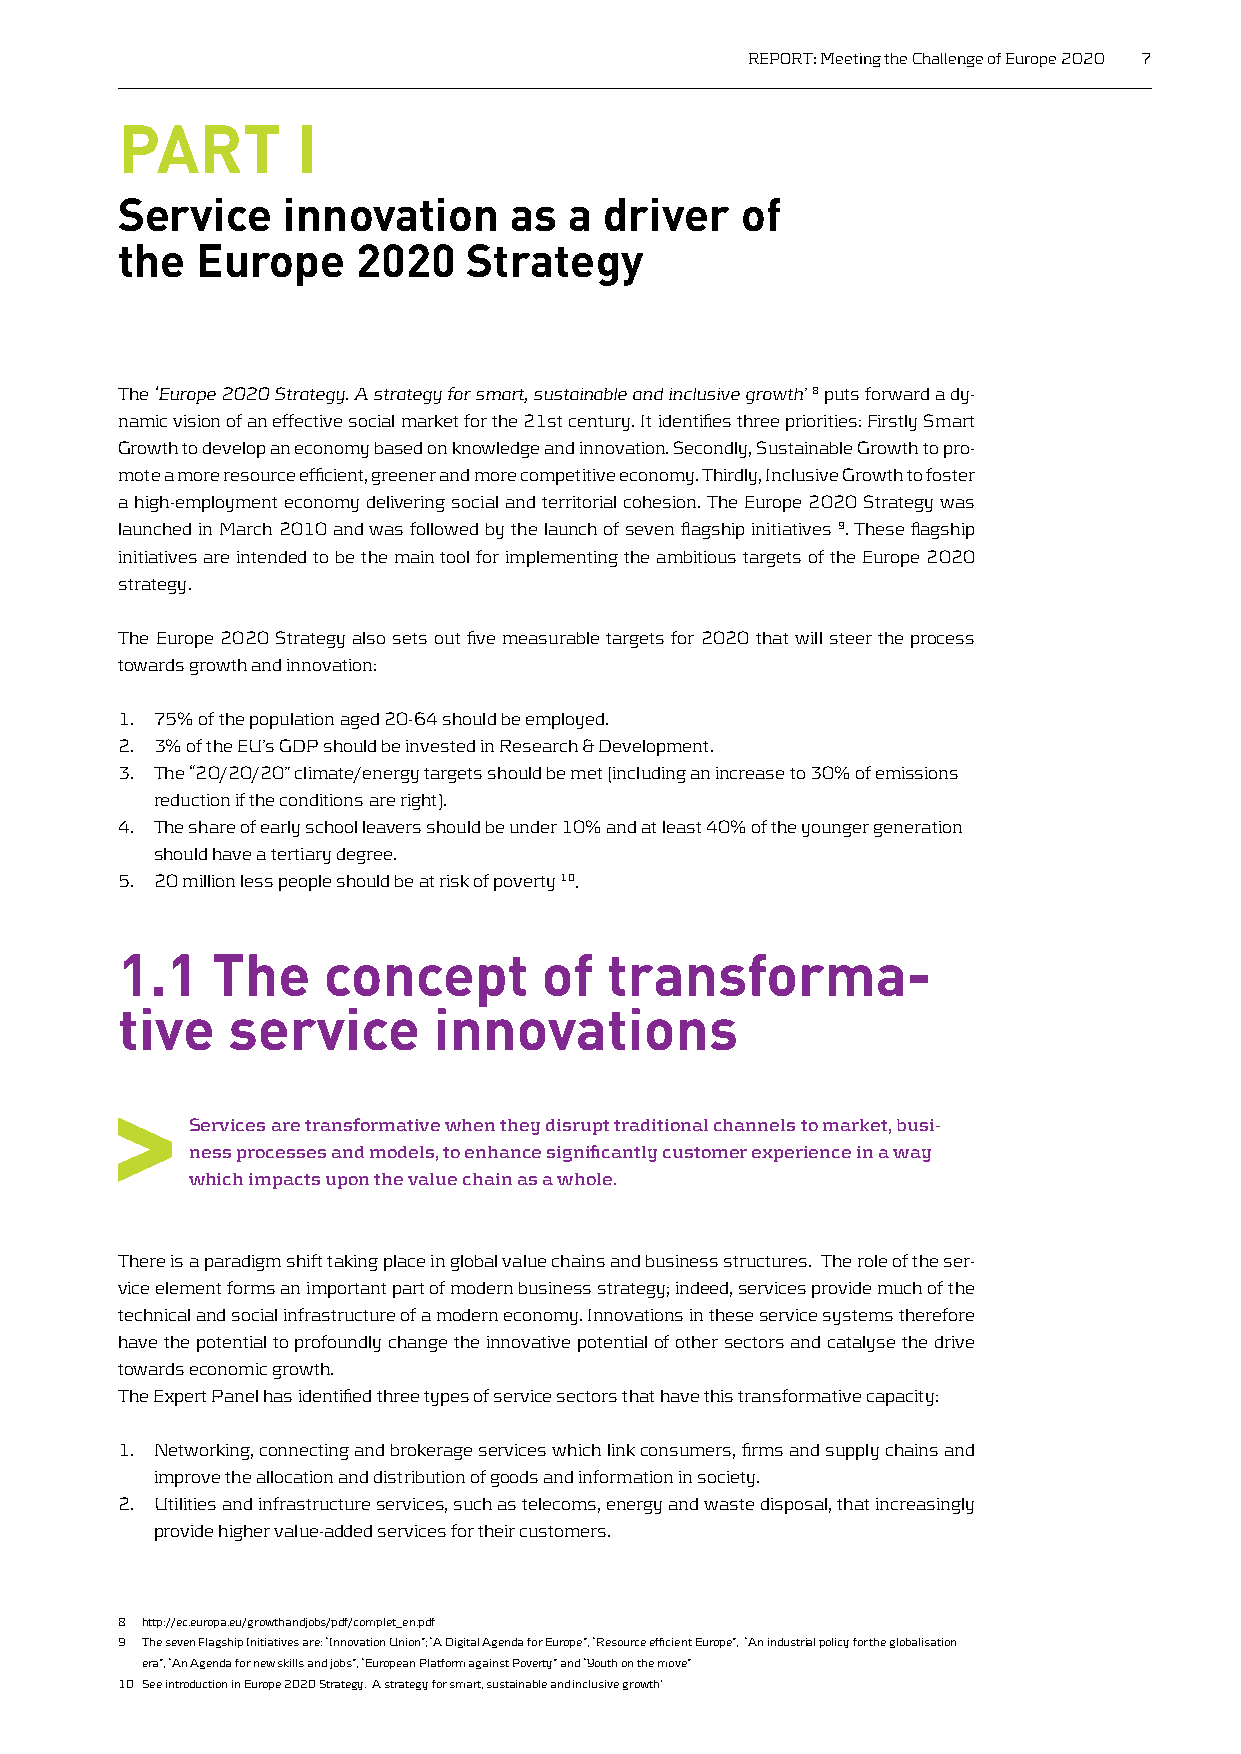
REPORT: Meeting the Challenge of Europe 2020 7
 PART        I
 service    innovation     as  a driver   of
 the  Europe     2020   strategy
 The ‘Europe 2020 Strategy. A strategy for smart, sustainable and inclusive growth’ 8 puts forward a dy-
 namic vision of an effective social market for the 21st century. It identifies three priorities: Firstly Smart
 Growth to develop an economy based on knowledge and innovation. Secondly, Sustainable Growth to pro-
 mote a more resource efficient, greener and more competitive economy. Thirdly, Inclusive Growth to foster
 a high-employment economy delivering social and territorial cohesion. The Europe 2020 Strategy was
 launched in March 2010 and was followed by the launch of seven flagship initiatives 9. These flagship
 initiatives are intended to be the main tool for implementing the ambitious targets of the Europe 2020
 strategy.
 The Europe 2020 Strategy also sets out five measurable targets for 2020 that will steer the process
 towards growth and innovation:
 1. 75% of the population aged 20-64 should be employed.
 2. 3% of the EU’s GDP should be invested in Research & Development.
 3. The “20/20/20” climate/energy targets should be met (including an increase to 30% of emissions
 reduction if the conditions are right).
 4. The share of early school leavers should be under 10% and at least 40% of the younger generation
 should have a tertiary degree.
 5. 20 million less people should be at risk of poverty 10.
 1.1   The    concept        of  transforma-
 tive   service       innovations
 >
 Services are transformative when they disrupt traditional channels to market, busi-
 ness processes and models, to enhance significantly customer experience in a way
 which impacts upon the value chain as a whole.
 There is a paradigm shift taking place in global value chains and business structures. The role of the ser-
 vice element forms an important part of modern business strategy; indeed, services provide much of the
 technical and social infrastructure of a modern economy. Innovations in these service systems therefore
 have the potential to profoundly change the innovative potential of other sectors and catalyse the drive
 towards economic growth.
 The Expert Panel has identified three types of service sectors that have this transformative capacity:
 1. Networking, connecting and brokerage services which link consumers, firms and supply chains and
 improve the allocation and distribution of goods and information in society.
 2. Utilities and infrastructure services, such as telecoms, energy and waste disposal, that increasingly
 provide higher value-added services for their customers.
 8 http://ec.europa.eu/growthandjobs/pdf/complet_en.pdf
 9 The seven Flagship Initiatives are: “Innovation Union”; “A Digital Agenda for Europe”, “Resource efficient Europe”, “An industrial policy for the globalisation
 era”, “An Agenda for new skills and jobs”, “European Platform against Poverty” and “Youth on the move”
 10 See introduction in Europe 2020 Strategy. A strategy for smart, sustainable and inclusive growth’